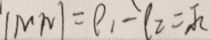
. \vert M N \vert = \rho _ { 1 } - \rho _ { 2 } = \sqrt { 2 }